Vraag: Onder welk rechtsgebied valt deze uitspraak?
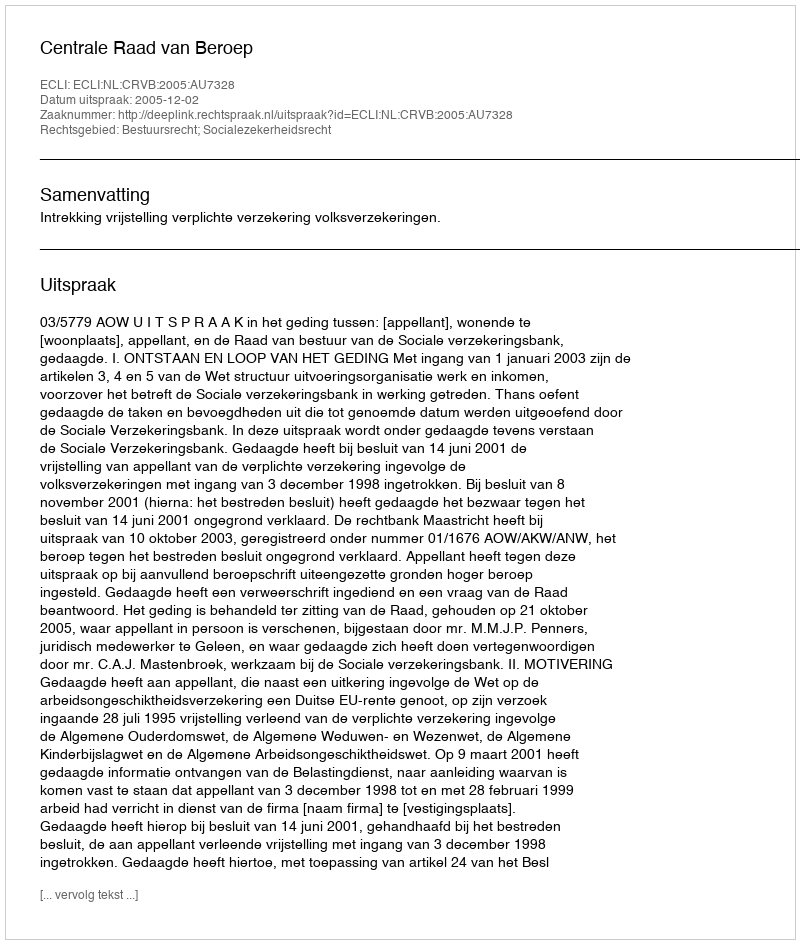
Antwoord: Bestuursrecht; Socialezekerheidsrecht